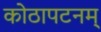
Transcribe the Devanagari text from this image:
कोठापटनम्